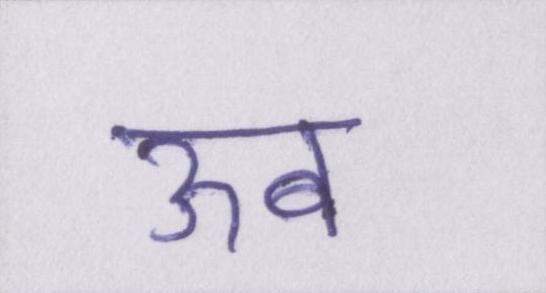
ऊब